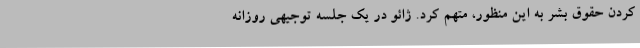
کردن حقوق بشر به این منظور، متهم کرد. ژائو در یک جلسه توجیهی روزانه